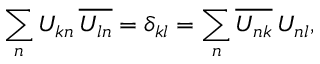
\sum _ { n } U _ { k n } \, \overline { { U _ { l n } } } = \delta _ { k l } = \sum _ { n } \overline { { U _ { n k } } } \, U _ { n l } ,